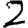
Digit: 2